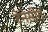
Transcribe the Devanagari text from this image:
टेनेसीत